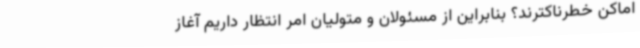
اماکن خطرناکترند؟ بنابراین از مسئولان و متولیان امر انتظار داریم آغاز